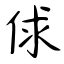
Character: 俅